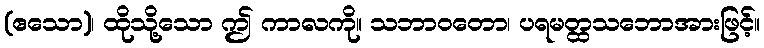
(ဧသော)၊ ထိုသို့သော ဤ ကာလကို။ သဘာဝတော၊ ပရမတ္ထသဘောအားဖြင့်။